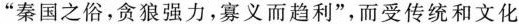
”秦国之俗，贪狼强力，寡义而趋利”，而受传统和文化